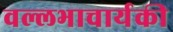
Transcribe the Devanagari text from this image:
वल्लभाचार्यकी